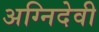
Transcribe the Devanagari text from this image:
अग्निदेवी